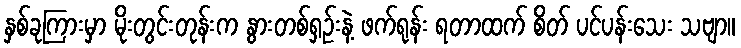
နှစ်ခုကြားမှာ မိုးတွင်းတုန်းက နွားတစ်ရှဉ်းနဲ့ ဖက်ရုန်း ရတာထက် စိတ် ပင်ပန်းသေး သဗျာ။